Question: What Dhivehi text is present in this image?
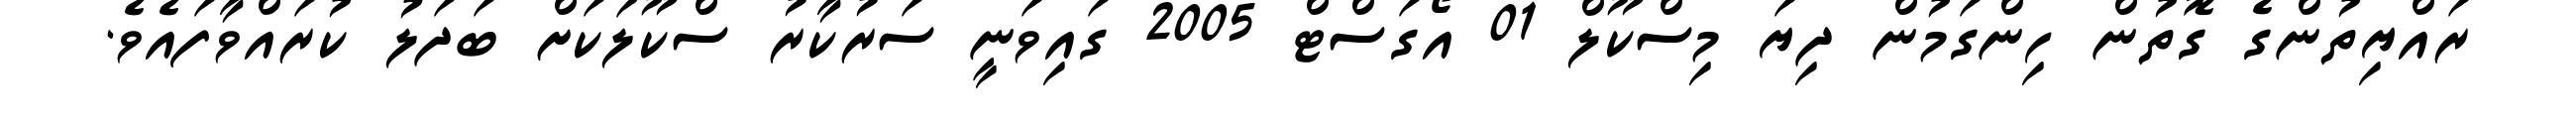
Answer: ރައްޔިތުންގެ ގޮތުން ހިންގަމުން ދިޔަ މިސްކޫލް 01 އޯގަސްޓް 2005 ގައިވަނީ ސަރުކާރު ސްކޫލަކަށް ބަދަލު ކުރައްވާފައެވެ.